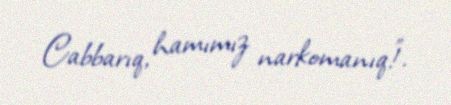
Cabbarıq, hamımız narkomanıq!”.